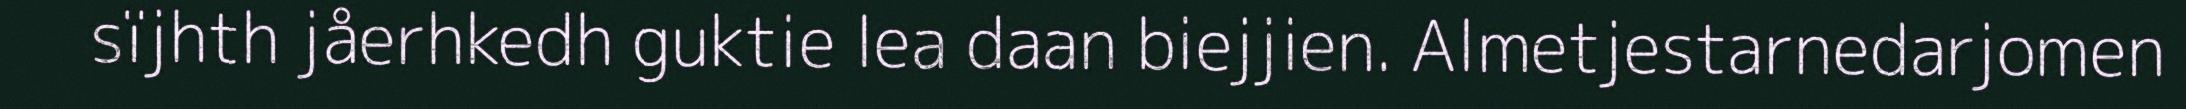
sïjhth jåerhkedh guktie lea daan biejjien. Almetjestarnedarjomen